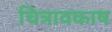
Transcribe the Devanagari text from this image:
चित्रावकाष